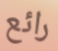
رائع